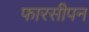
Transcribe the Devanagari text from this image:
फारसीपन